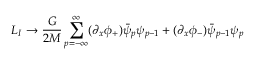
{ \cal L } _ { I } \rightarrow \frac { G } { 2 M } \sum _ { p = - \infty } ^ { \infty } ( \partial _ { x } \phi _ { + } ) \bar { \psi } _ { p } \psi _ { p - 1 } + ( \partial _ { x } \phi _ { - } ) \bar { \psi } _ { p - 1 } \psi _ { p }